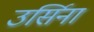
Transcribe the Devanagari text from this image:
उर्सिना